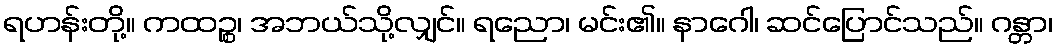
ရဟန်းတို့။ ကထဉ္စ၊ အဘယ်သို့လျှင်။ ရညော၊ မင်း၏။ နာဂေါ၊ ဆင်ပြောင်သည်။ ဂန္တာ၊